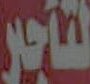
لتأجير